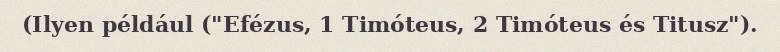
(Ilyen például ("Efézus, 1 Timóteus, 2 Timóteus és Titusz").